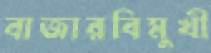
বাজারবিমুখী